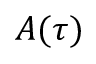
A ( \tau )